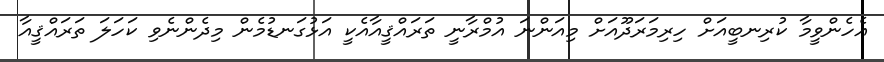
އެހެންވީމާ ކުރިނބީއަށް ހިރިމަރަދޫއަށް މިއަންނަ އުމްރާނީ ތަރައްޤީއާއެކީ އަޅުގަނޑުމެން މިދެންނެވި ކަހަލަ ތަރައްޤީއާ